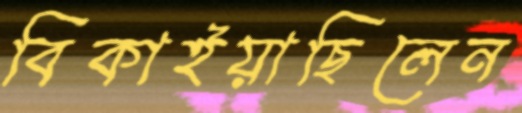
বিকাইয়াছিলেন